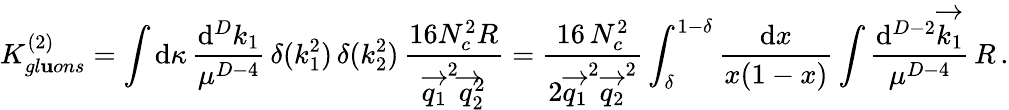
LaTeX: K_{gl\mathbf{u}ons}^{(2)}=\int\mathrm{d}\kappa\, \frac{{\mathrm{d}^{D}k_{1}}}{{\mu^{D-4}}}\, \delta(k_{1}^{2})\, \delta(k_{2}^{2})\, \frac{{16N_{c}^{2}R}}{{\overrightarrow{{q_{1}}}^{2}\overrightarrow{{q}}_{2}^{2}}}=\frac{{16\, N_{c}^{2}}}{{2\overrightarrow{{q_{1}}}^{2}\overrightarrow{{q_{2}}}^{2}}}\int_{\delta}^{1-\delta}\frac{{\mathrm{d}x}}{{x(1-x)}}\int\frac{{\mathrm{d}^{D-2}\overrightarrow{{k_{1}}}}}{{\mu^{D-4}}}\, R\, .